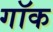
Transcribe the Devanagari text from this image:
गॉक